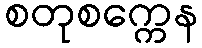
စတုစက္ကေန